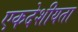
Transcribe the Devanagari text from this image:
एकदेशीयता